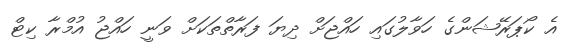
އެ ކޯޕަރޭޝަންގެ ހަވާލުގައި ހައްޖަށް ދިޔަ ފަރާތްތަކަށް ވަނީ ހައްޖު އުމްރާ ކިޓް